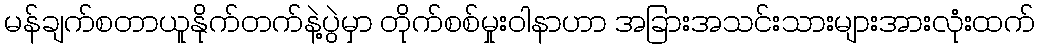
မန်ချက်စတာယူနိုက်တက်နဲ့ပွဲမှာ တိုက်စစ်မှုးဝါနာဟာ အခြားအသင်းသားများအားလုံးထက်